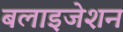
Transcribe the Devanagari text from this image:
बलाइजेशन